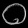
Digit: ၀